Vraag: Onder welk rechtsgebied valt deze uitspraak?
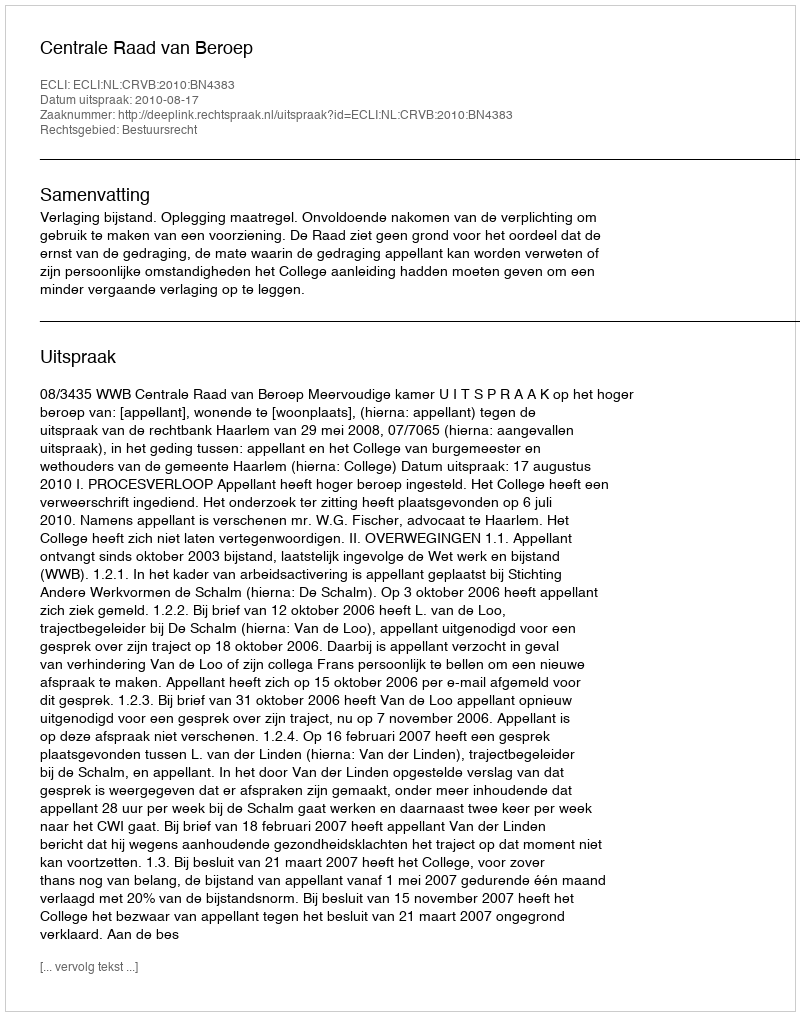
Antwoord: Bestuursrecht